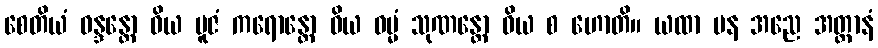
စေတိယံ ဝန္ဒန္တော ဝိယ ပူဇံ ကရောန္တော ဝိယ ဓမ္မံ သုဏန္တော ဝိယ စ ဟောတိ။ ယထာ ပန အညေ အတ္တာနံ